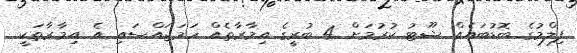
ފިލްމުގެ ބޮޑުބައެއް ޝޫޓު ކުރުމަށް 4 ބުރީގެ އިމާރާތެއް ހަމަޖައްސައި އެ އިމާރާތަކީ